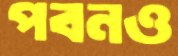
পবনও